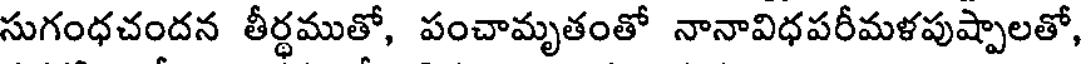
సుగంధచందన తీర్థముతో, పంచామృతంతో నానావిధపరీమళపుష్పాలతో,